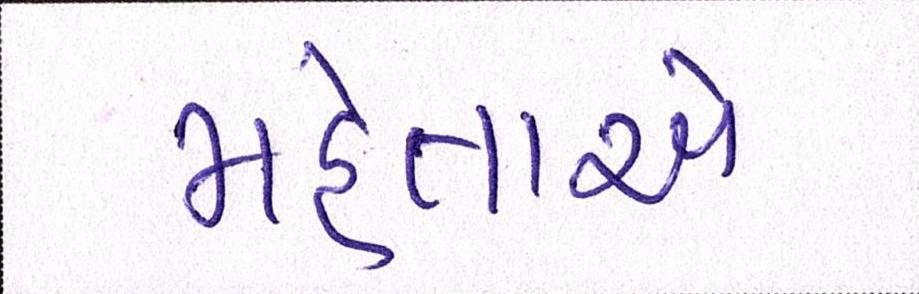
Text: મહેતાએ